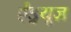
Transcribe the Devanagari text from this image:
ऐंड्र्यूज़